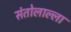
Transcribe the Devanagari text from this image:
संतोलाल्ला